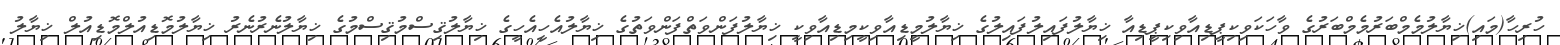
ހުރިހާ(މައި)ޚިޔާލުމެމްބަރުމެމްބަރުގެ ވާހަކަވިކިޕީޑިއާވިކިޕީޑިއާ ޚިޔާލުފައިލުފައިލުގެ ޚިޔާލުމީޑިއާވިކީމިޑިއާވިކީ ޚިޔާލުފަންވަތްފަންވަތުގެ ޚިޔާލުއެހީއެހީގެ ޚިޔާލުޤިސްމުޤިސްމުގެ ޚިޔާލުނެރުނެރު ޚިޔާލުމޮޑިއުލްމޮޑިއުލް ޚިޔާލު